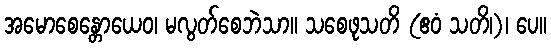
အမောစေန္တောယေဝ၊ မလွတ်စေဘဲသာ။ သစေဖုသတိ (ဧဝံ သတိ၊)၊ ပေ။